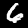
Label: 6